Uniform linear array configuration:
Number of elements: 64
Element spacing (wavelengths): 0.5
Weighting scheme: kaiser
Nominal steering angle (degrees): -30
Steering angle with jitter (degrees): -29.616
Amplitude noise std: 0.05
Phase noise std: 0.05

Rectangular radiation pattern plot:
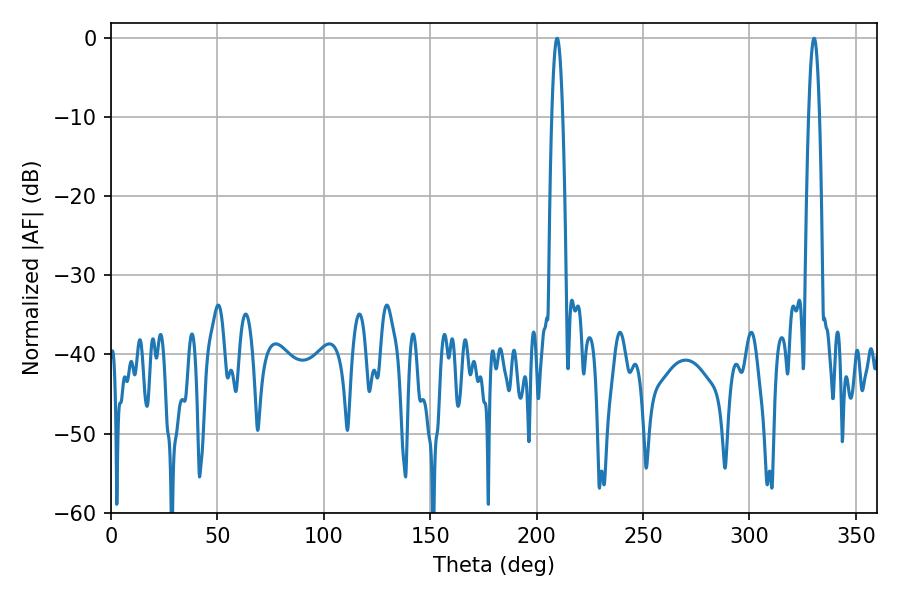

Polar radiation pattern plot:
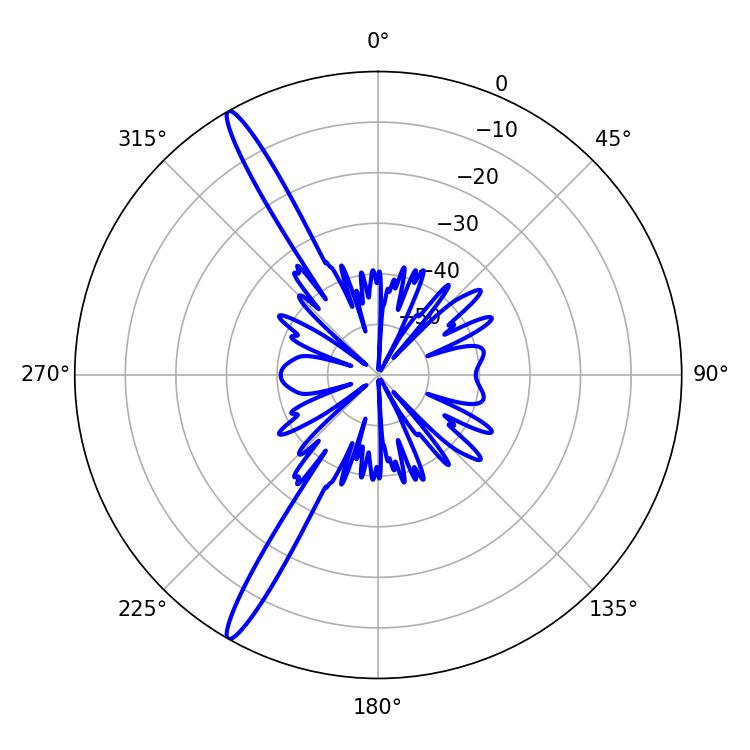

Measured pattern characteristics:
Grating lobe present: FALSE
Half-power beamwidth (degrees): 2.7
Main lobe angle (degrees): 330.3